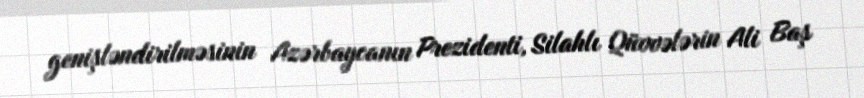
genişləndirilməsinin Azərbaycanın Prezidenti, Silahlı Qüvvələrin Ali Baş